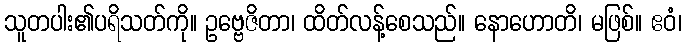
သူတပါး၏ပရိသတ်ကို။ ဥဗ္ဗေဇိတာ၊ ထိတ်လန့်စေသည်။ နောဟောတိ၊ မဖြစ်။ ဧဝံ၊